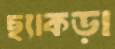
ছ্যাকড়া